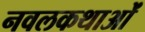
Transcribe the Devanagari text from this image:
नवलकथाओं